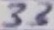
Text: 33